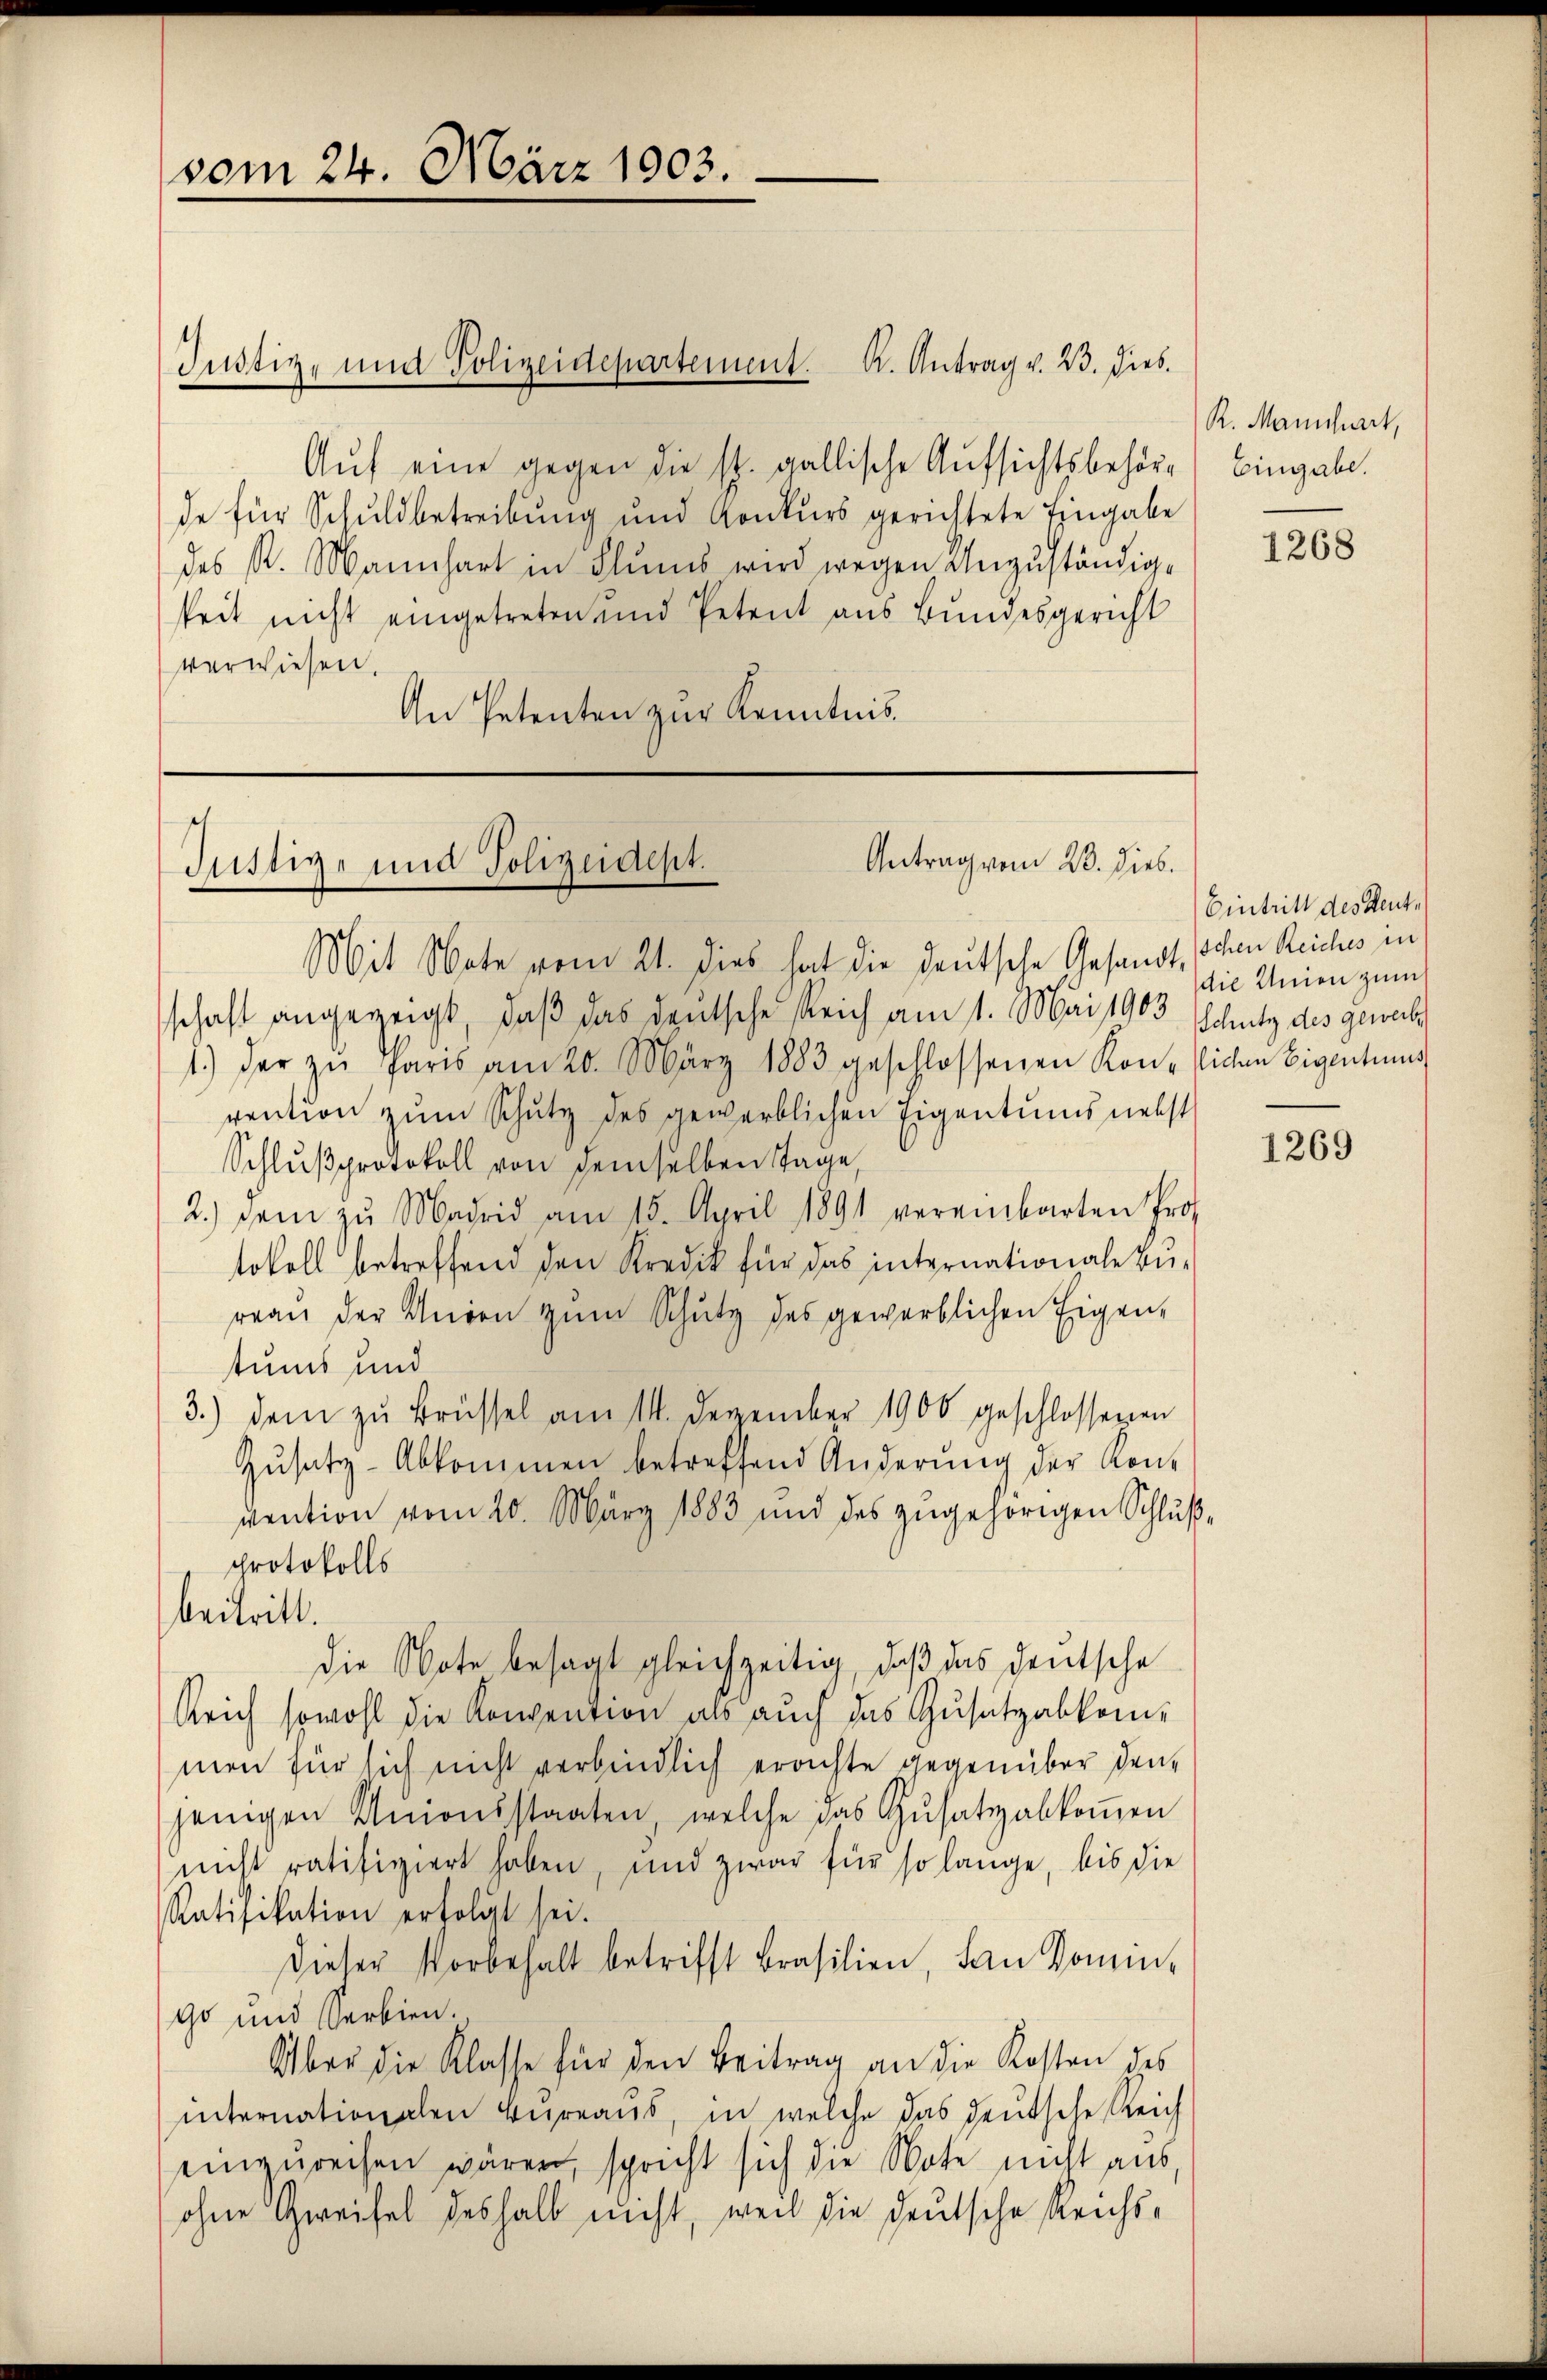
vom 24. März 1903.

Justiz- und Polizeidepartement. K. Antrag v. 23. Dieb.

h
Antrag vom 28. Dieb.
Sistige und Polizeident.

Aŭf eine gegen die st. gallische Aufsichtsbehör- Eingabe.
de für Schuldbetreibung und Konkurs gerichtete Eingabe
des R. Mannhart in Flŭms wird wegen Unzuständig-
keit nicht eingetreten und Petent aus Bundesgericht
verwiesen.
An Petenten zur Kenntnis¬

Mit Note vom 21. dies hat die deutsche Gesandt, sichen Reichs in
schaft angezeigt, daß das deutsche Reich am 1. Mai 1903 Schutz des gewal
1.) der zŭ Paris am 20. März 1883 geschlossenen Kon- sichen Eigentums
vention zum Schutz des gewerblichen Eigentums nebst
Schlŭβprotokoll von demselben Tage,
2.) Dem zu Madrid am 15. April 1891 vereinbarten Protokoll betreffend den Kredik für das internationale Bureaŭ der Union zŭm Schutz des gewerblichen Eigen-
tums und
3.) Dem zu Brüssel am 14. Dezember 1906 geschlossenen
Zŭsatz-Abkommen betreffend Änderŭng der Kon-
vention vom 20. März 1883 und des zŭgehörigen Schlußprotokolls
beitritt.
die Note besagt gleichzeitig, daß das deutsche
Reich sowohl die Konvention als auch das Zusatzabkommen für sich nicht verbindlich erachte gegenüber den
jenigen Unionsstaaten, welche das Gŭsatzabkoṁen
nicht ratifiziert haben, und zwar für so lange, bis die
Ratifikation erfolgt sei.
dieser Vorbehalt betrifft Brasilien, dan Domin
Go und Serbien.
Über die Klasse für den Beitrag an die Kosten des
internationalen Bureaus in welche das deutsche Reich
einzureisen wären, spricht sich die Note nicht aus,
ohne Zweifel deshalb nicht, weil die deutsche Reichs¬

K. Manchert,

1268

Eintritt des Rente
die Unien zum

1269